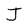
Character: J